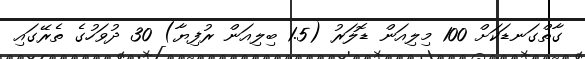
ގާތްގަނޑަކަށް 100 މިލިއަން ޑޮލަރު (1.5 ބިލިއަން ރުފިޔާ) 30 ދުވަހުގެ ތެރޭގައި